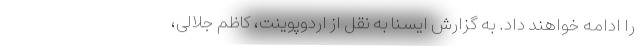
را ادامه خواهند داد. به گزارش ایسنا به نقل از اردوپوینت، کاظم جلالی،